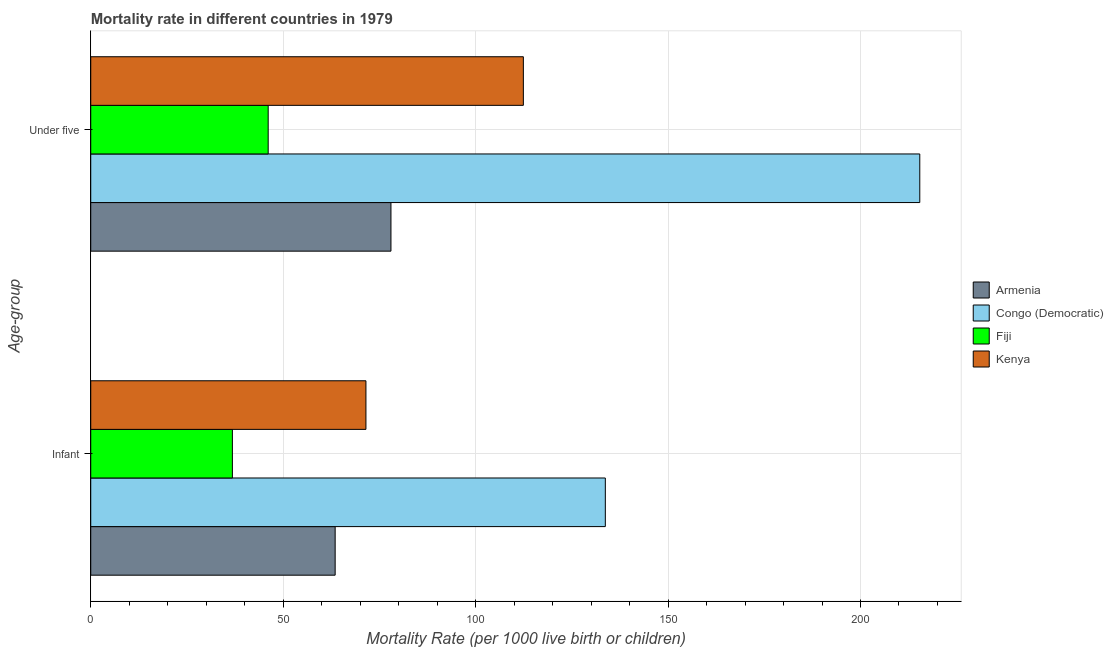
| Age-group | Armenia | Congo (Democratic) | Fiji | Kenya |
 | --- | --- | --- | --- | --- |
 | Infant | 63.5 | 134 | 36.8 | 71.5 |
 | Under five | 78 | 215 | 46.1 | 112 |